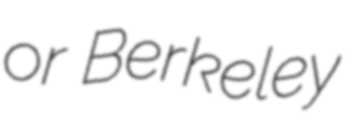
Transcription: or Berkeley